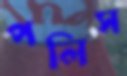
পলিস